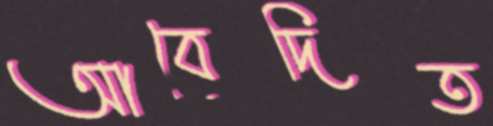
আবেদিত